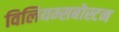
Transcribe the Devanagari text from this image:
विलियम्सबोस्टन